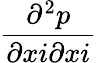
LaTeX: \frac{{{\partial}^{2}}{p}}{\partial{{x}{i}}\partial{{x}{i}}}